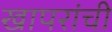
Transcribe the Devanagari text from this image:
खापरांची